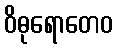
ဝိဓုရောတေဝ